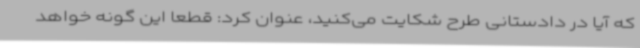
که آیا در دادستانی طرح شکایت می‌کنید، عنوان کرد: قطعاً این گونه خواهد